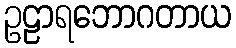
ဥဠာရဘောဂတာယ